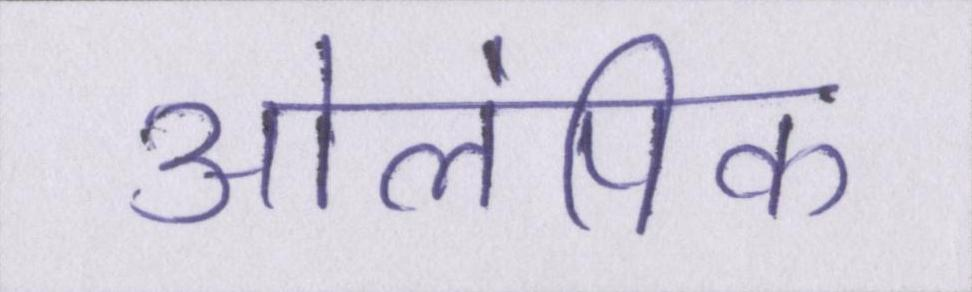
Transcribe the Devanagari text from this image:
ओलंपिक